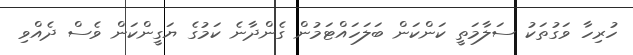
ހުރިހާ ވަގުތަކު ސަލާމަތީ ކަންކަން ބަލަހައްޓަމުން ގެންދާނެ ކަމުގެ ޔަގީންކަން ވެސް ދެއްވި